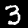
Digit: 3